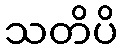
သတိပိ